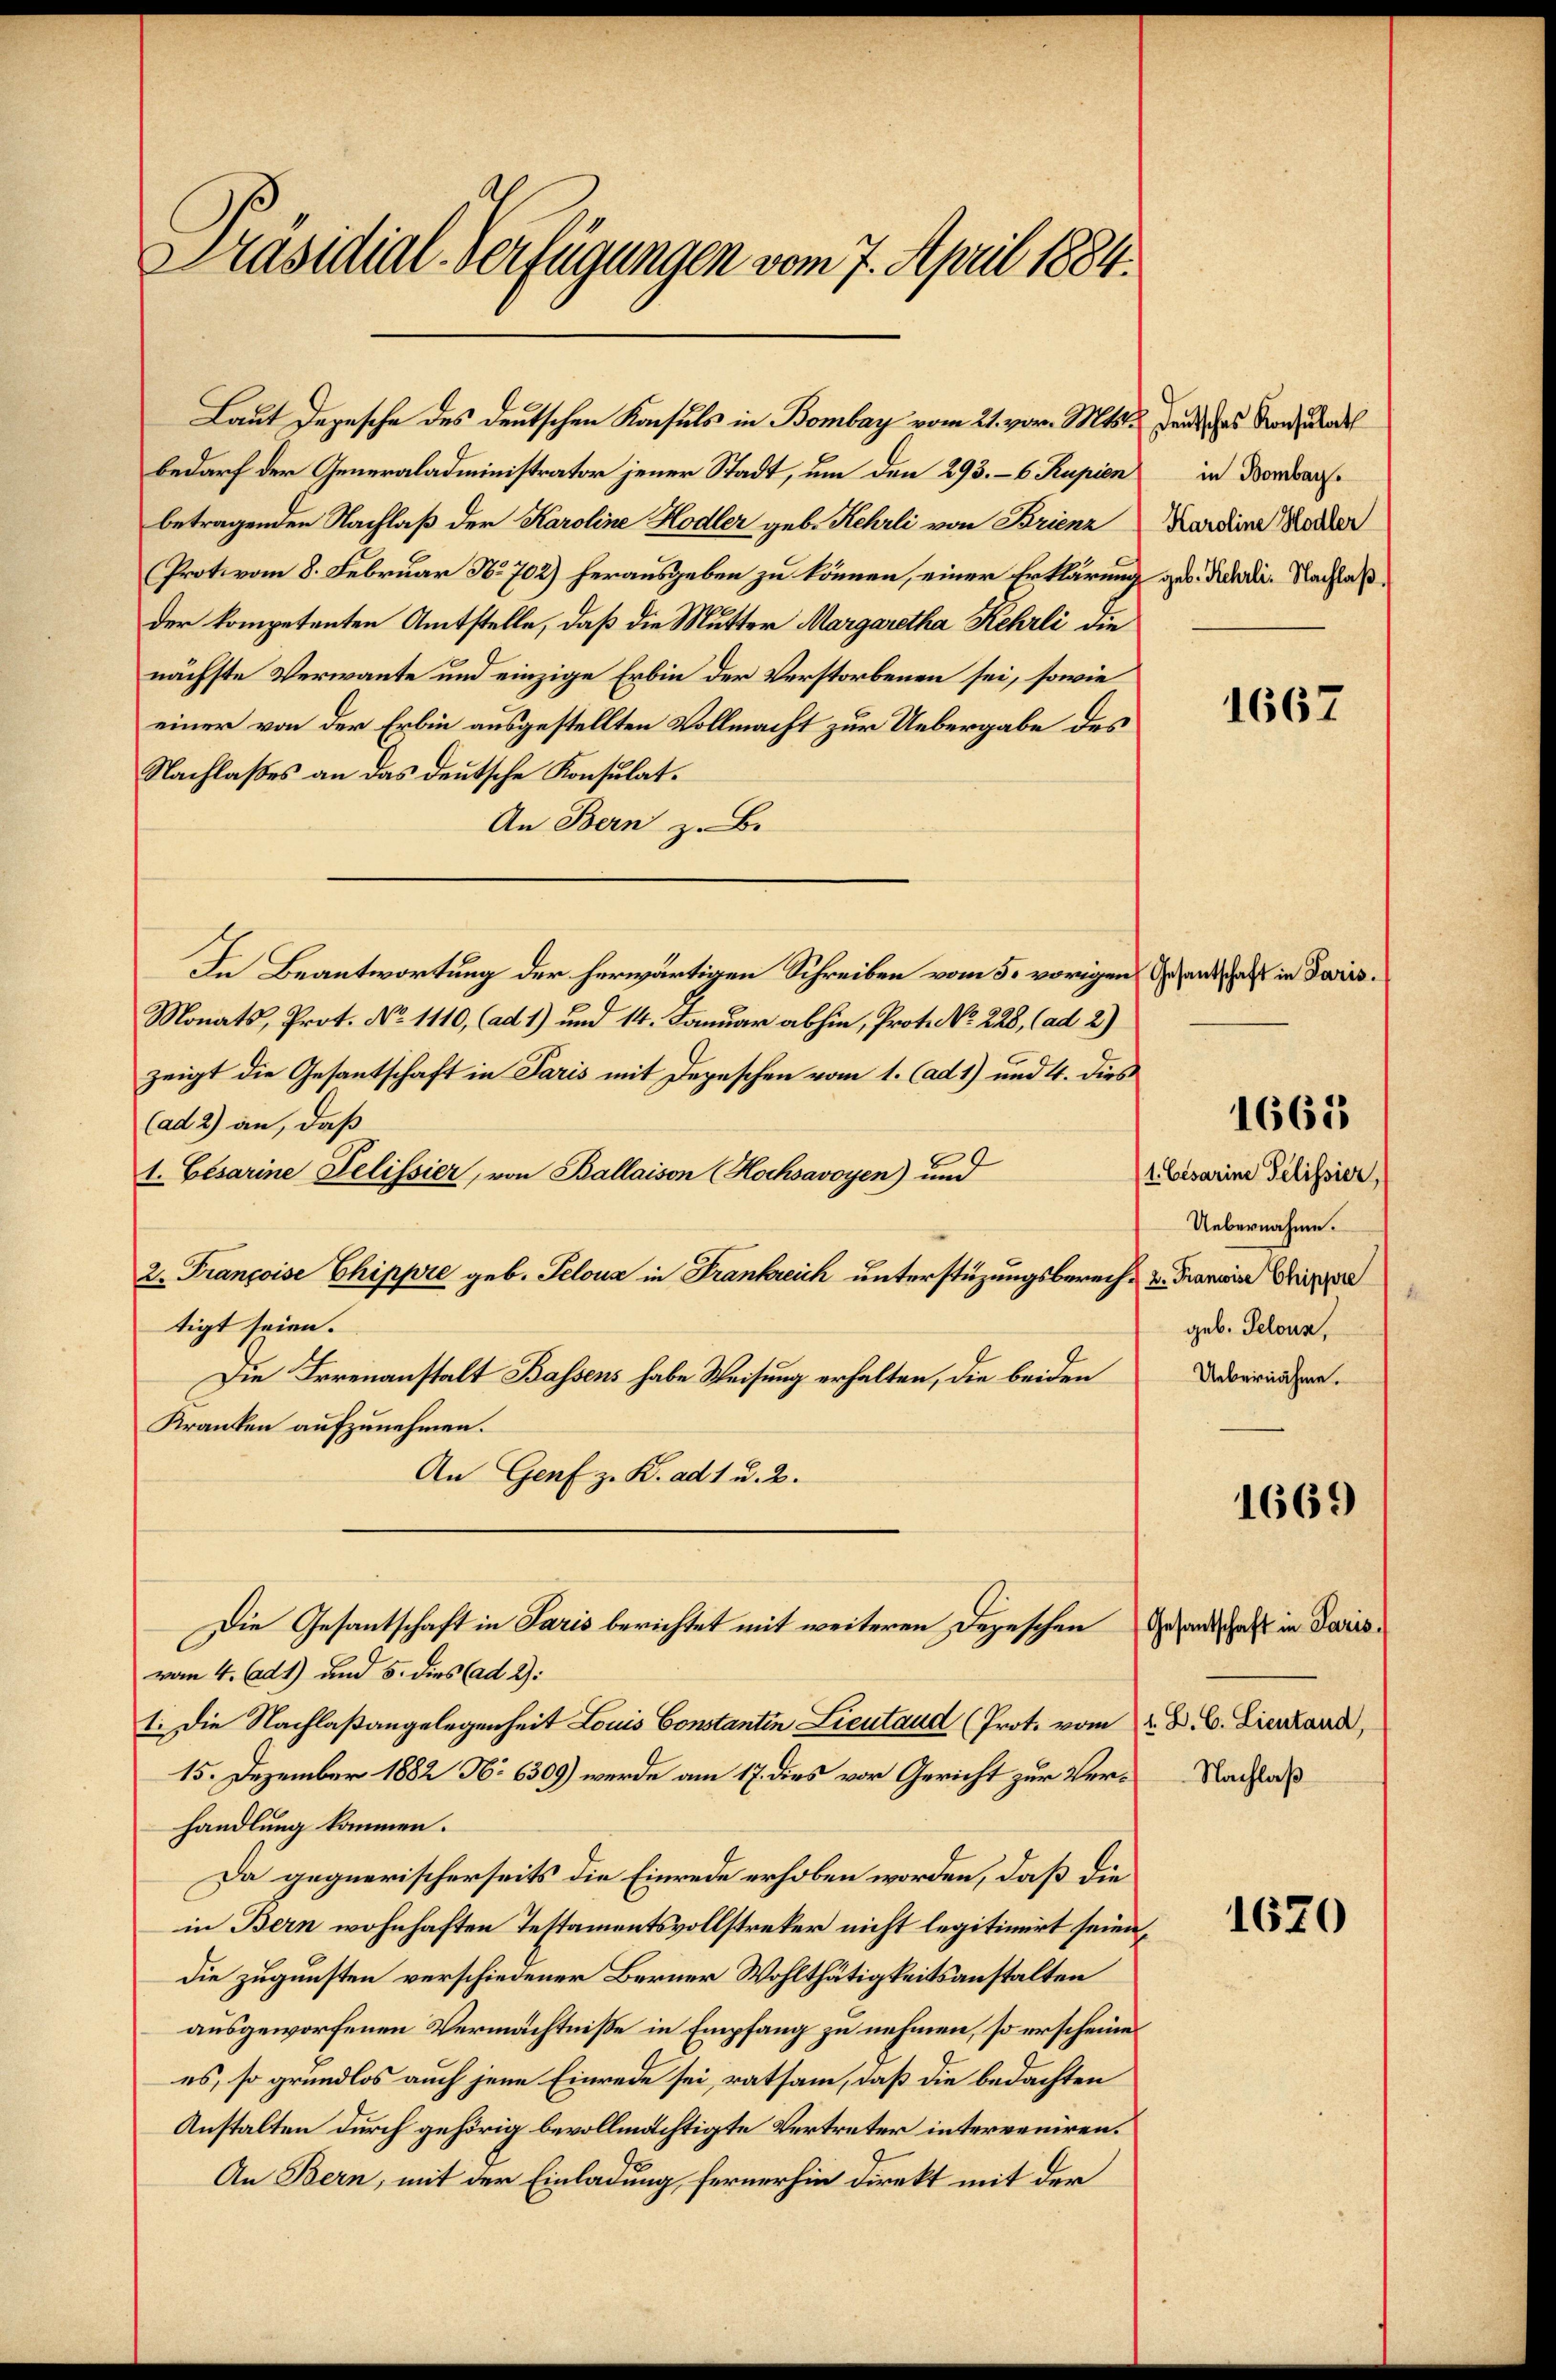
Präsidial-Verfügungen vom 7. April 1884.

Laut Depesche des deutschen Konsuls in Bombar vom 21. vor. Mts.
bedarf der Generaladministrator jener Stadt, um den 293. -6 Rupien
betragenden Nachlaß der Karoline Hodler geb. Kehrli von Brienz
Protovom 8. Februar No. 702) herausgeben zu können, einer Erklärung geb. Richdii Nachlaßder kompetenten Amtstelle, daß die Mutter Margaretha Kehrli die
nächste Verwante und einzige Erbin der Verstorbenen sei, sowie
einer von der Erbin ausgestellten Vollmacht zur Uebergabe des
Nachlaßes an das deutsche Konsulat¬
An Bern z. B.
In Beantwortung der herwärtigen Schreiben vom 5. vorigen Gesandschaft in Juris¬
Monats, Prot. No 1110, (ad 1) und 14. Januar abhin, Prot. No. 228, (ad 2)
zeigt die Gesantschaft in Paris mit Depeschen vom 1. (ad 1) und 4. dies
(ad 2) an, daß
1. Cesarine Delissier, von Ballaison (Hochsavoyen) und
2. Françoise Chippre geb. Peloua in Frankreich unterstüzungsberech- u. darin Krippe
tigt seien.
Die Irrenanstalt Bassens habe Weisung erhalten, die beiden
Kranken aufzunehmen.
An Genf z. K. ad 1 u. 2.
Die Gesantschaft in Saris berichtet mit weiteren Depeschen Gesandtschaft in Parisvom 4. Ad 1) und 5. dies (ad 2):
1. Die Nachlaßangelegenheit Louis Constantin Lieutaud (Prot. vom 22. D. C. Zierland,
15. Dezember 1882 N: 6309) wurde am 17. dies vor Gericht zur Ver-Nachlaß
handlung kommen.
Da gegnerischerseits die Einrede erhoben worden, daß die
in Bern wohnhaften Testamentsvollstreker nicht legitimirt seien,
die zugunsten verschiedener Berner Wohlthätigkeitsanstalten
ausgeworfenen Vermächtniße in Empfang zu nehmen, so erscheinen
es, so grundlos auch jene Einrede sei, ratsam, daß die bedachten
Anstalten durch gehörig bevollmächtigte Vertreter interveniren.
An Bern, mit der Einladung fernerhin direkt mit der

deutsches Konsulat
in Bombar.
Karoline Hodler

1667

1665

1. Cesarine Pelissier,
Uebernahme.
geb. Peloun,
Uebernähme.

1669

1620